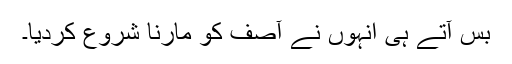
بس آتے ہی انہوں نے آصف کو مارنا شروع کردیا۔